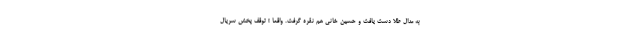
به مدال طلا دست یافت و حسین خانی هم نقره گرفت. واقعا ! توقف پخش سریال